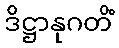
ဒိဋ္ဌာနုဂတိံ